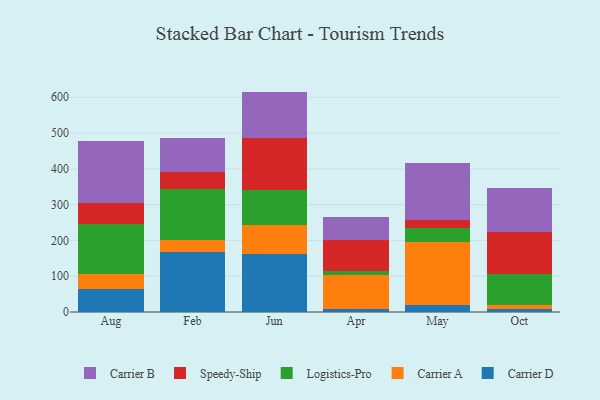
{"axis": {"x": "Month", "y": "Bounce Rate (%)"}, "legend": ["Carrier A", "Carrier B", "Carrier D", "Logistics-Pro", "Speedy-Ship"], "data": [{"x": "Aug", "y": 65.2, "type": "Carrier D"}, {"x": "Aug", "y": 40.6, "type": "Carrier A"}, {"x": "Aug", "y": 140.8, "type": "Logistics-Pro"}, {"x": "Aug", "y": 57.8, "type": "Speedy-Ship"}, {"x": "Aug", "y": 172.6, "type": "Carrier B"}, {"x": "Feb", "y": 167.3, "type": "Carrier D"}, {"x": "Feb", "y": 34.5, "type": "Carrier A"}, {"x": "Feb", "y": 141.4, "type": "Logistics-Pro"}, {"x": "Feb", "y": 48.0, "type": "Speedy-Ship"}, {"x": "Feb", "y": 96.0, "type": "Carrier B"}, {"x": "Jun", "y": 163.2, "type": "Carrier D"}, {"x": "Jun", "y": 79.9, "type": "Carrier A"}, {"x": "Jun", "y": 98.9, "type": "Logistics-Pro"}, {"x": "Jun", "y": 143.6, "type": "Speedy-Ship"}, {"x": "Jun", "y": 130.3, "type": "Carrier B"}, {"x": "Apr", "y": 7.9, "type": "Carrier D"}, {"x": "Apr", "y": 94.8, "type": "Carrier A"}, {"x": "Apr", "y": 12.1, "type": "Logistics-Pro"}, {"x": "Apr", "y": 87.1, "type": "Speedy-Ship"}, {"x": "Apr", "y": 64.2, "type": "Carrier B"}, {"x": "May", "y": 20.6, "type": "Carrier D"}, {"x": "May", "y": 173.9, "type": "Carrier A"}, {"x": "May", "y": 40.9, "type": "Logistics-Pro"}, {"x": "May", "y": 20.5, "type": "Speedy-Ship"}, {"x": "May", "y": 159.9, "type": "Carrier B"}, {"x": "Oct", "y": 7.2, "type": "Carrier D"}, {"x": "Oct", "y": 12.1, "type": "Carrier A"}, {"x": "Oct", "y": 87.2, "type": "Logistics-Pro"}, {"x": "Oct", "y": 118.2, "type": "Speedy-Ship"}, {"x": "Oct", "y": 123.2, "type": "Carrier B"}]}